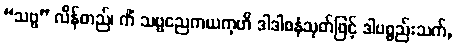
“သဗ္ဗ” လိန်တည်၊ ကိံ သဗ္ဗညေကယကုဟိ ဒါဒါစနံသုတ်ဖြင့် ဒါပစ္စည်းသက်,